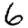
Digit: 6